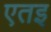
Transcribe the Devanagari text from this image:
एतइ